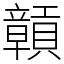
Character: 贑